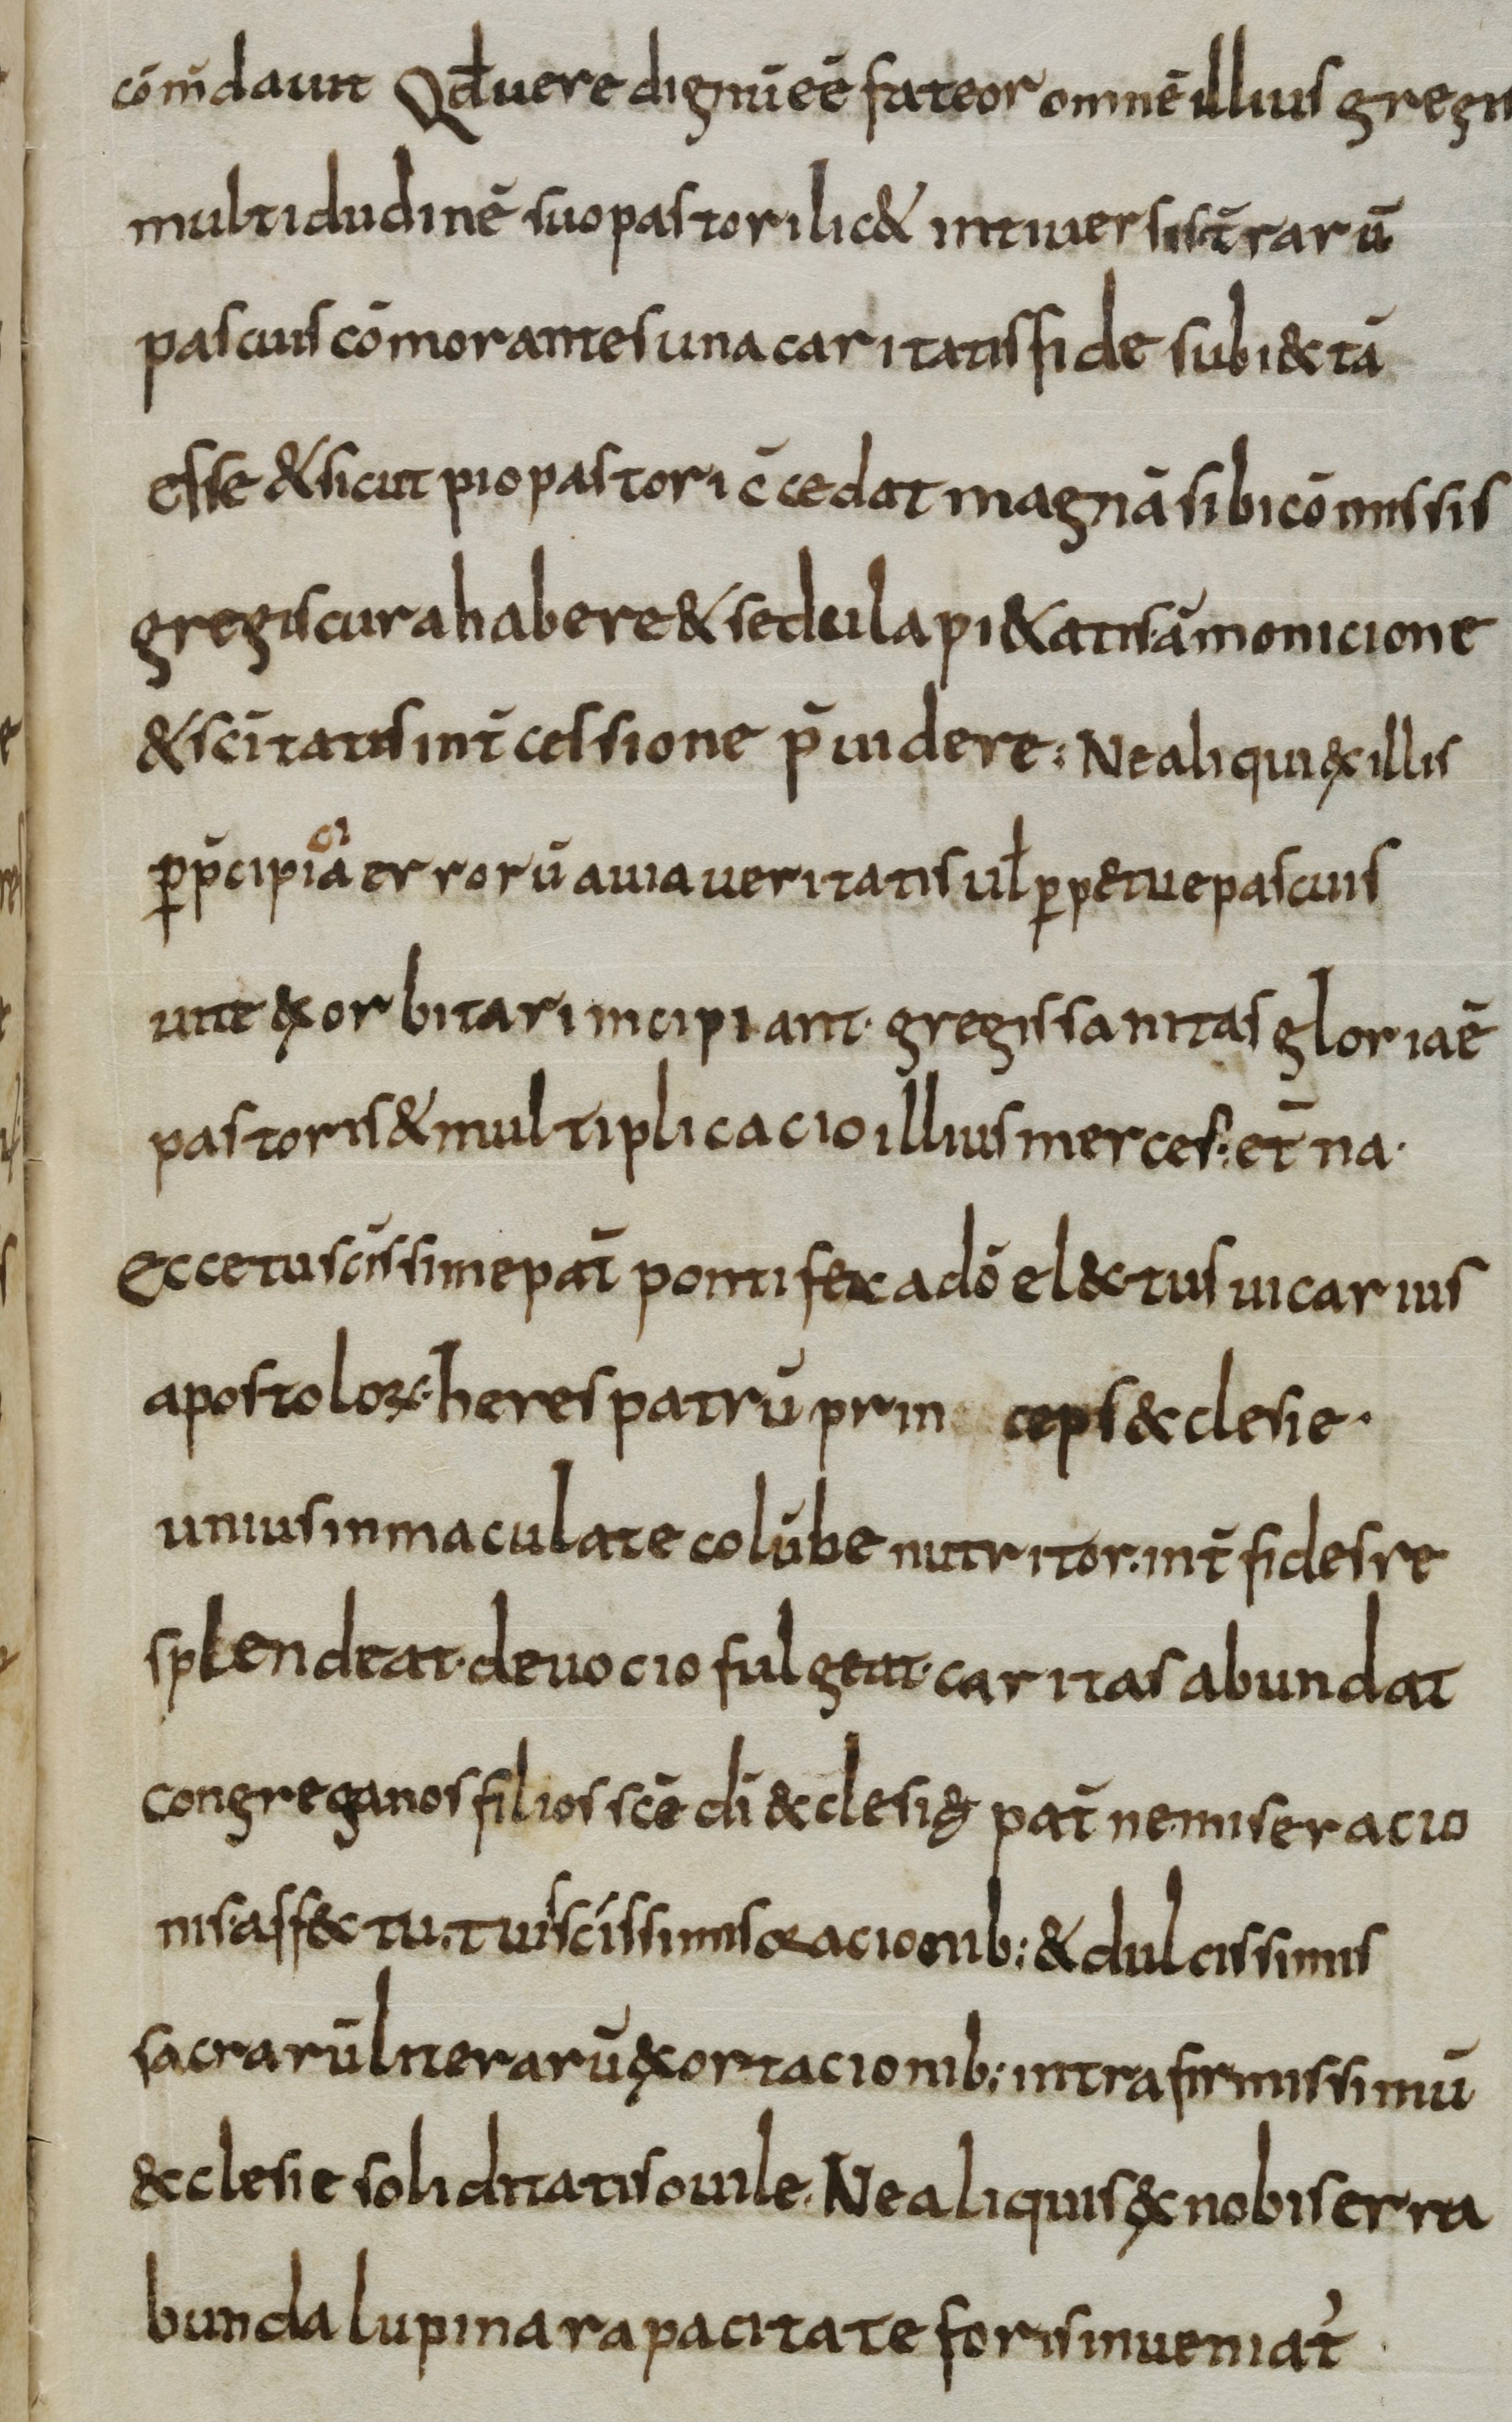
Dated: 800–830